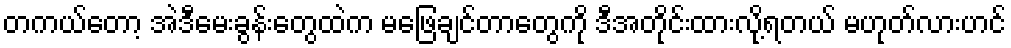
တကယ်တော့ အဲဒီမေးခွန်းတွေထဲက မဖြေချင်တာတွေကို ဒီအတိုင်းထားလို့ရတယ် မဟုတ်လားဟင်